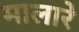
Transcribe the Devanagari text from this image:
मालारे